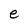
Character: e